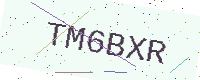
Text: TM6BXR